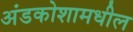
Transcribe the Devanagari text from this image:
अंडकोशामधील